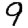
Digit: 9